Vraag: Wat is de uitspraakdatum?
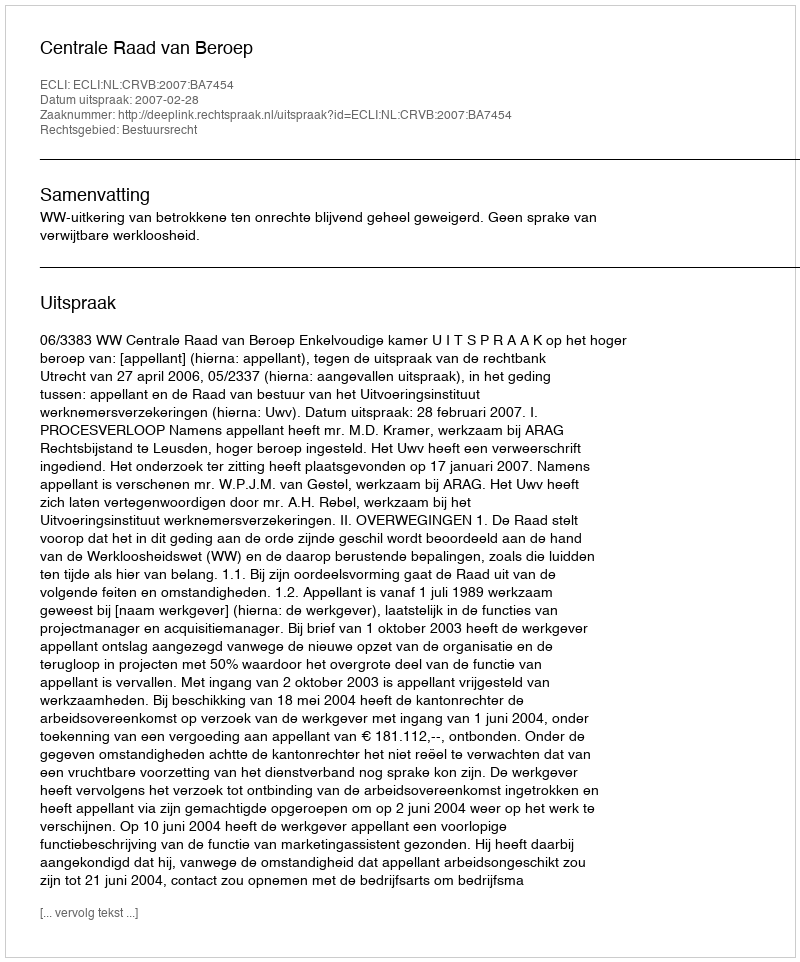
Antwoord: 2007-02-28